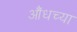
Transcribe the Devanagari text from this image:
औंधच्या